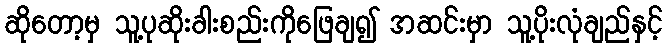
ဆိုတော့မှ သူ့ပုဆိုးခါးစည်းကိုဖြေချ၍ အဆင်းမှာ သူ့ပိုးလုံချည်နှင့်